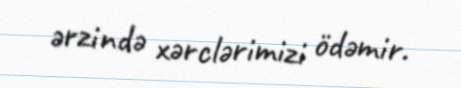
ərzində xərclərimizi ödəmir.